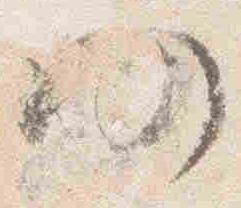
仍